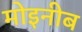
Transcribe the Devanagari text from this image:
मोइनीब